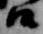
候